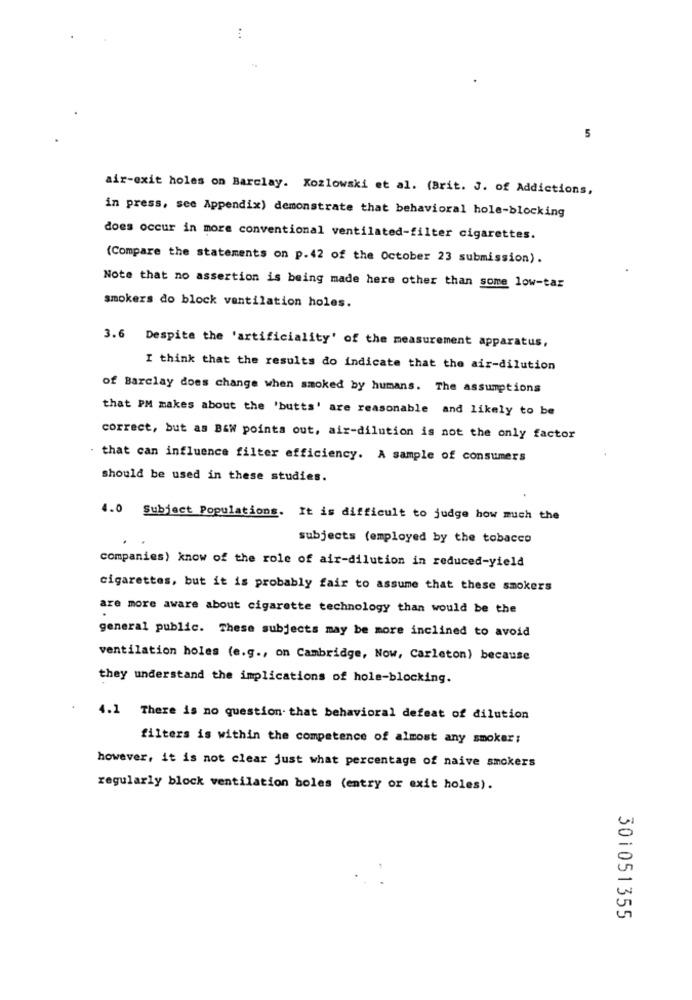
5
air-exit holes on Barclay. Kozlowski et al. (Brit. J. of Addictions,
in press, see Appendix) demonstrate that behavioral hole-blocking
does occur in more conventional ventilated-filter cigarettes.
(Compare the statements on p.42 of the October 23 submission).
Note that no assertion is being made here other than some low-tar
smokers do block ventilation holes.
3.6 Despite the 'artificiality' of the measurement apparatus,
I think that the results do indicate that the air-dilution
of Barclay does change when smoked by humans. The assumptions
that PM makes about the 'butts' are reasonable and likely to be
correct, but as B&W points out, air-dilution is not the only factor
. that can influence filter efficiency. A sample of consumers
should be used in these studies.
4.0 Subject Populations. It is difficult to judge how much the
subjects (employed by the tobacco
companies) know of the role of air-dilution in reduced-yield
cigarettes, but it is probably fair to assume that these smokers
are more aware about cigarette technology than would be the
general public. These subjects may be more inclined to avoid
ventilation holes (e.g ., on Cambridge, Now, Carleton) because
they understand the implications of hole-blocking.
4.1 There is no question. that behavioral defeat of dilution
filters is within the competence of almost any smoker;
however, it is not clear just what percentage of naive smokers
regularly block ventilation boles (entry or exit holes).
301051355